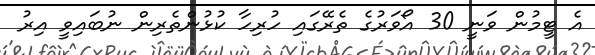
އެ ޓީމުން ވަނީ 30 އޯވަރުގެ ތެރޭގައި ހުރިހާ ކުޅުންތެރިން ނުބައިވީ އިރު